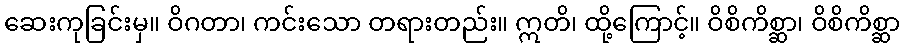
ဆေးကုခြင်းမှ။ ဝိဂတာ၊ ကင်းသော တရားတည်း။ ဣတိ၊ ထို့ကြောင့်။ ဝိစိကိစ္ဆာ၊ ဝိစိကိစ္ဆာ